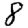
Digit: 8